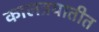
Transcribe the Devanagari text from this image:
कालत्रयातीत